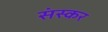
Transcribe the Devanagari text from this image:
संस्कर